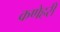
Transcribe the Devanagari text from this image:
कणेहरी